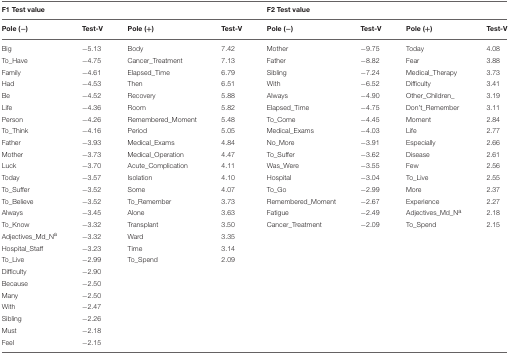
<table><thead><tr><td><b>F1 Test value</b></td><td></td><td></td><td></td><td><b>F2 Test value</b></td><td></td><td></td><td></td></tr><tr><td><b>Pole (−)</b></td><td><b>Test-V</b></td><td><b>Pole (+)</b></td><td><b>Test-V</b></td><td><b>Pole (−)</b></td><td><b>Test-V</b></td><td><b>Pole (+)</b></td><td><b>Test-V</b></td></tr></thead><tbody><tr><td>Big</td><td>−5.13</td><td>Body</td><td>7.42</td><td>Mother</td><td>−9.75</td><td>Today</td><td>4.08</td></tr><tr><td>To_Have</td><td>−4.75</td><td>Cancer_Treatment</td><td>7.13</td><td>Father</td><td>−8.82</td><td>Fear</td><td>3.88</td></tr><tr><td>Family</td><td>−4.61</td><td>Elapsed_Time</td><td>6.79</td><td>Sibling</td><td>−7.24</td><td>Medical_Therapy</td><td>3.73</td></tr><tr><td>Had</td><td>−4.53</td><td>Then</td><td>6.51</td><td>With</td><td>−6.52</td><td>Difficulty</td><td>3.41</td></tr><tr><td>Be</td><td>−4.52</td><td>Recovery</td><td>5.88</td><td>Always</td><td>−4.90</td><td>Other_Children_</td><td>3.19</td></tr><tr><td>Life</td><td>−4.36</td><td>Room</td><td>5.82</td><td>Elapsed_Time</td><td>−4.75</td><td>Don&#x27;t_Remember</td><td>3.11</td></tr><tr><td>Person</td><td>−4.26</td><td>Remembered_Moment</td><td>5.48</td><td>To_Come</td><td>−4.45</td><td>Moment</td><td>2.84</td></tr><tr><td>To_Think</td><td>−4.16</td><td>Period</td><td>5.05</td><td>Medical_Exams</td><td>−4.03</td><td>Life</td><td>2.77</td></tr><tr><td>Father</td><td>−3.93</td><td>Medical_Exams</td><td>4.84</td><td>No_More</td><td>−3.91</td><td>Especially</td><td>2.66</td></tr><tr><td>Mother</td><td>−3.73</td><td>Medical_Operation</td><td>4.47</td><td>To_Suffer</td><td>−3.62</td><td>Disease</td><td>2.61</td></tr><tr><td>Luck</td><td>−3.70</td><td>Acute_Complication</td><td>4.11</td><td>Was_Were</td><td>−3.55</td><td>Few</td><td>2.56</td></tr><tr><td>Today</td><td>−3.57</td><td>Isolation</td><td>4.10</td><td>Hospital</td><td>−3.04</td><td>To_Live</td><td>2.55</td></tr><tr><td>To_Suffer</td><td>−3.52</td><td>Some</td><td>4.07</td><td>To_Go</td><td>−2.99</td><td>More</td><td>2.37</td></tr><tr><td>To_Believe</td><td>−3.52</td><td>To_Remember</td><td>3.73</td><td>Remembered_Moment</td><td>−2.67</td><td>Experience</td><td>2.27</td></tr><tr><td>Always</td><td>−3.45</td><td>Alone</td><td>3.63</td><td>Fatigue</td><td>−2.49</td><td>Adjectives_Md_N<sup>a</sup></td><td>2.18</td></tr><tr><td>To_Know</td><td>−3.32</td><td>Transplant</td><td>3.50</td><td>Cancer_Treatment</td><td>−2.09</td><td>To_Spend</td><td>2.15</td></tr><tr><td>Adjectives_Md_N<sup>a</sup></td><td>−3.32</td><td>Ward</td><td>3.35</td><td></td><td></td><td></td><td></td></tr><tr><td>Hospital_Staff</td><td>−3.23</td><td>Time</td><td>3.14</td><td></td><td></td><td></td><td></td></tr><tr><td>To_Live</td><td>−2.99</td><td>To_Spend</td><td>2.09</td><td></td><td></td><td></td><td></td></tr><tr><td>Difficulty</td><td>−2.90</td><td></td><td></td><td></td><td></td><td></td><td></td></tr><tr><td>Because</td><td>−2.50</td><td></td><td></td><td></td><td></td><td></td><td></td></tr><tr><td>Many</td><td>−2.50</td><td></td><td></td><td></td><td></td><td></td><td></td></tr><tr><td>With</td><td>−2.47</td><td></td><td></td><td></td><td></td><td></td><td></td></tr><tr><td>Sibling</td><td>−2.26</td><td></td><td></td><td></td><td></td><td></td><td></td></tr><tr><td>Must</td><td>−2.18</td><td></td><td></td><td></td><td></td><td></td><td></td></tr><tr><td>Feel</td><td>−2.15</td><td></td><td></td><td></td><td></td><td></td><td></td></tr></tbody></table>